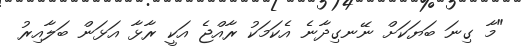
"މާ ގިނަ ބަޔަކަށް ނޭނގިދާނެ އެކަމަކު ރާއްޖެ އަކީ ރާޅާ އަޅަން ބަލާއިރު